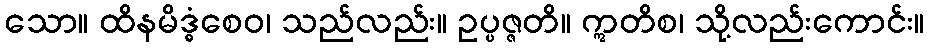
သော။ ထိနမိဒ္ဓံစေဝ၊ သည်လည်း။ ဥပ္ပဇ္ဇတိ။ ဣတိစ၊ သို့လည်းကောင်း။